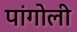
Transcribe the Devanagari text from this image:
पांगोली